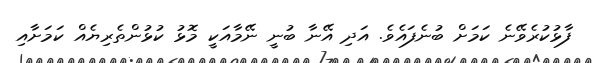
ފާޅުކުރެވޭނެ ކަމަށް ބުނެފައެވެ. އަދި އޭނާ ބުނީ ނޭމާއަކީ މޮޅު ކުޅުންތެރިޔެއް ކަމަށާއި